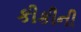
કીકીની